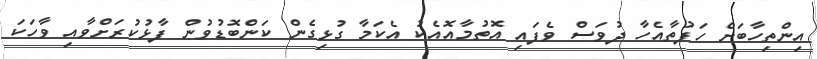
އިންތިހާބަށް ހަފުތާއެހާ ދުވަސް ވެފައި އޮތުމާއޮއެކު އެކަމާ ގުޅިގެން ކަންބޮޑުވުން ފާޅުކުރަށްވާއި ވާހަކަ